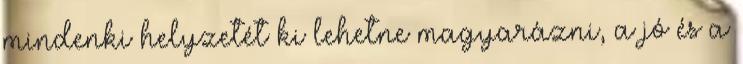
mindenki helyzetét ki lehetne magyarázni, a jó és a